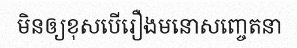
មិនឲ្យខុសបើរឿងមនោសញ្ចេតនា